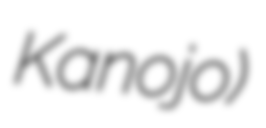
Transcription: Kanojo)